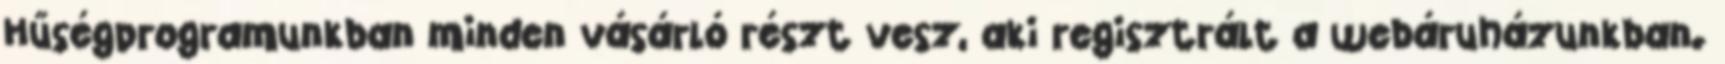
Hűségprogramunkban minden vásárló részt vesz, aki regisztrált a webáruházunkban.